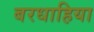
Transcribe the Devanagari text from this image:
बरधाहिया